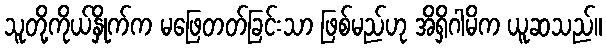
သူတို့ကိုယ်နှိုက်က မဖြေတတ်ခြင်းသာ ဖြစ်မည်ဟု အိရှိဂါမိက ယူဆသည်။